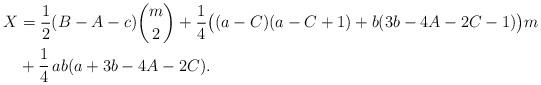
LaTeX: \begin{align*}X&=\frac 12(B-A-c)\binom m2+\frac 14 \big((a-C)(a-C+1)+b(3b-4A-2C-1)\big)m\\&+\frac 14\,ab(a+3b-4A-2C).\end{align*}